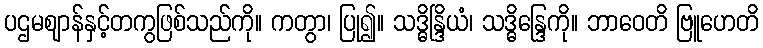
ပဌမဈာန်နှင့်တကွဖြစ်သည်ကို။ ကတွာ၊ ပြု၍။ သဒ္ဓိန္ဒြိယံ၊ သဒ္ဓိန္ဒြေကို။ ဘာဝေတိ ဗြူဟေတိ